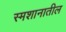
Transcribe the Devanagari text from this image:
स्मशानातील